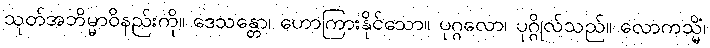
သုတ်အဘိမ္မာဝိနည်းကို။ ဒေသန္တော၊ ဟောကြားနိုင်သော။ ပုဂ္ဂလော၊ ပုဂ္ဂိုလ်သည်။ လောကသ္မိံ၊